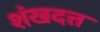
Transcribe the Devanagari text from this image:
शंखदत्त